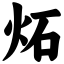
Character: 炻